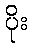
ပိုး